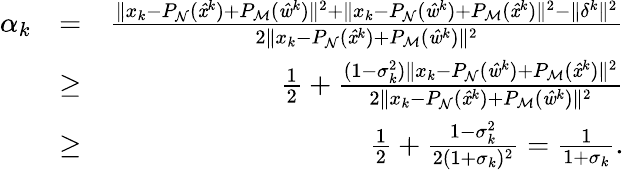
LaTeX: \begin{array}{rlr}{\alpha_{k}}&{=}&{\frac{\| x_{k}-P_{\mathrm{\mathcal{N}}}(\mathit{\hat{x}}^{k})+P_{\mathrm{\mathcal{M}}}(\mathit{\hat{w}}^{k})\| ^{2}+\| x_{k}-P_{\mathrm{\mathcal{N}}}(\mathit{\hat{w}}^{k})+P_{\mathrm{\mathcal{M}}}(\mathit{\hat{x}}^{k})\| ^{2}-\| \delta^{k}\| ^{2}}{2\| x_{k}-P_{\mathrm{\mathcal{N}}}(\mathit{\hat{x}}^{k})+P_{\mathrm{\mathcal{M}}}(\mathit{\hat{w}}^{k})\| ^{2}}}\\ &{\geq}&{\frac{1}{2}+\frac{(1-\sigma_{k}^{2})\| x_{k}-P_{\mathrm{\mathcal{N}}}(\mathit{\hat{w}}^{k})+P_{\mathrm{\mathcal{M}}}(\mathit{\hat{x}}^{k})\| ^{2}}{2\| x_{k}-P_{\mathrm{\mathcal{N}}}(\mathit{\hat{x}}^{k})+P_{\mathrm{\mathcal{M}}}(\mathit{\hat{w}}^{k})\| ^{2}}}\\ &{\geq}&{\frac{1}{2}+\frac{1-\sigma_{k}^{2}}{2(1+\sigma_{k})^{2}}=\frac{1}{1+\sigma_{k}}.}\end{array}